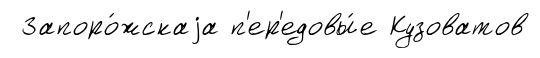
Запоро́жскаjа п'ер'едовы́е Кузоватов